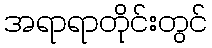
အရာရာတိုင်းတွင်